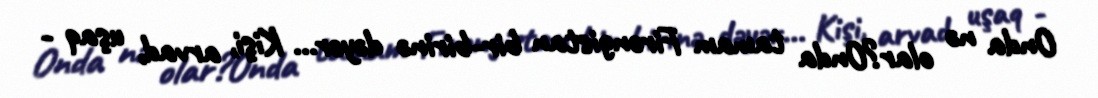
Onda nə olar?Onda tamam Firəngistan bir-birinə dəyər... Kişi, arvad, uşaq -